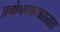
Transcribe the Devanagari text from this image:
प्रबोधनककाळात